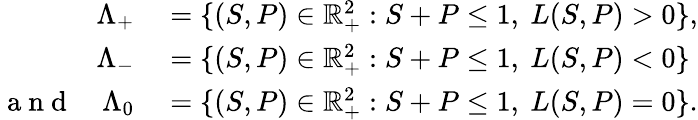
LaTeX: \begin{array}{rl}{\Lambda_{+}}&{{}=\{ (S,P)\in\mathbb{R}_{+}^{2}:S+P\le 1,\ L(S,P)>0\} ,}\\ {\Lambda_{-}}&{{}=\{ (S,P)\in\mathbb{R}_{+}^{2}:S+P\le 1,\ L(S,P)<0\} }\\ {\mathrm{~a~n~d~}\quad\Lambda_{0}}&{{}=\{ (S,P)\in\mathbb{R}_{+}^{2}:S+P\le 1,\ L(S,P)=0\} .}\end{array}